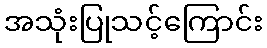
အသုံးပြုသင့်ကြောင်း